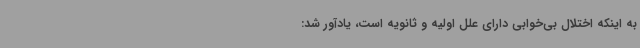
به اینکه اختلال بی‌خوابی دارای علل اولیه و ثانویه است، یادآور شد: